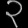
Digit: ၃